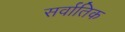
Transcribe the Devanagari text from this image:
सर्वातिक